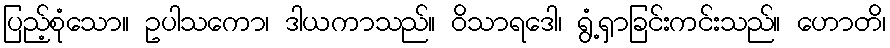
ပြည့်စုံသော။ ဥပါသကော၊ ဒါယကာသည်။ ဝိသာရဒေါ၊ ရွံ့ရှာခြင်းကင်းသည်။ ဟောတိ၊